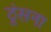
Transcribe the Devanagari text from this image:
ठूंसना